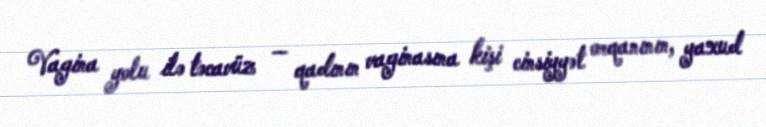
Vagina yolu ilə təcavüz — qadının vaginasına kişi cinsiyyət orqanının, yaxud